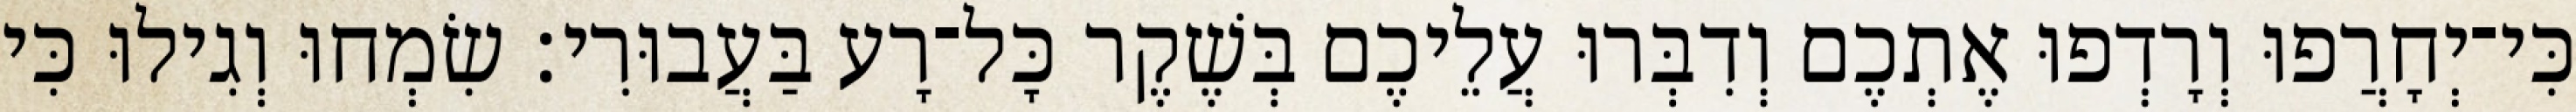
כִּי־יְחָרֲפוּ וְרָדְפוּ אֶתְכֶם וְדִבְּרוּ עֲלֵיכֶם בְּשֶׁקֶר כָּל־רָע בַּעֲבוּרִי׃ שִׂמְחוּ וְגִילוּ כִּי